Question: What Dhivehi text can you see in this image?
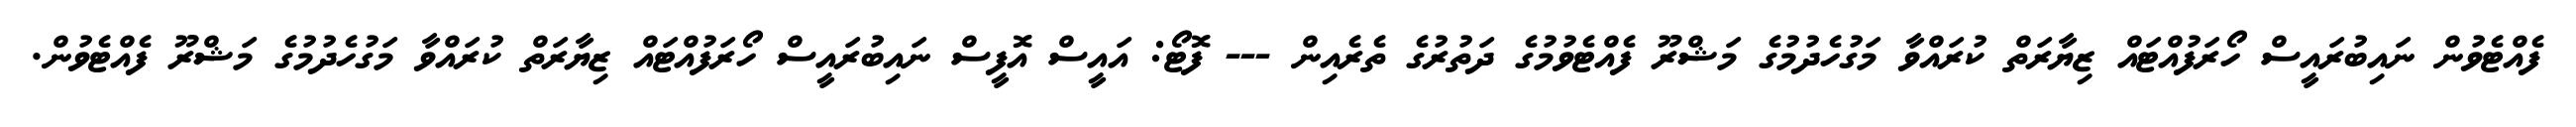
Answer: ފެއްޓެވުން ނައިބުރައީސް ހޯރަފުއްޓައް ޒިޔާރަތް ކުރައްވާ މަގުހެދުމުގެ މަޝްރޫ ފެއްޓެވުމުގެ ދަތުރުގެ ތެރެއިން --- ފޮޓޯ: އައީސް އޮފީސް ނައިބުރައީސް ހޯރަފުއްޓައް ޒިޔާރަތް ކުރައްވާ މަގުހެދުމުގެ މަޝްރޫ ފެއްޓެވުން.